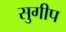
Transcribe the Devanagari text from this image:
सुगीप